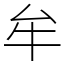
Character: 牟